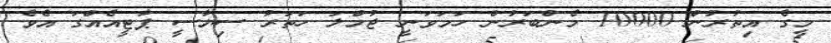
މީގެ އިތުރުން 10000 މެންބަރުން ހަމަވަަނީ ޖުމްލަ ހަތަރު ސިޔާސީ ޕާޓީއެއްގަ އެވެ.